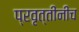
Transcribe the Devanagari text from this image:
प्रवृत्तींनीच